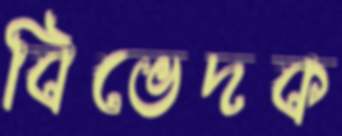
বিভেদক